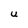
Character: U